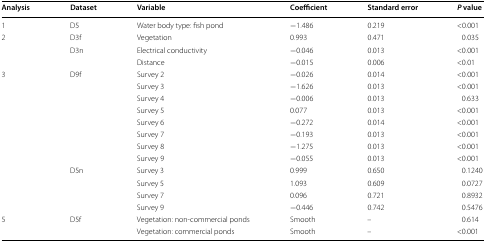
<table><thead><tr><td><b>Analysis</b></td><td><b>Dataset</b></td><td><b>Variable</b></td><td><b>Coefficient</b></td><td><b>Standard error</b></td><td><b><i>P</i> value</b></td></tr></thead><tbody><tr><td>1</td><td>D5</td><td>Water body type: fish pond</td><td>−1.486</td><td>0.219</td><td>&lt;0.001</td></tr><tr><td rowspan="3">2</td><td>D3f</td><td>Vegetation</td><td>0.993</td><td>0.471</td><td>0.035</td></tr><tr><td>D3n</td><td>Electrical conductivity</td><td>−0.046</td><td>0.013</td><td>&lt;0.001</td></tr><tr><td></td><td>Distance</td><td>−0.015</td><td>0.006</td><td>&lt;0.01</td></tr><tr><td rowspan="8">3</td><td>D9f</td><td>Survey 2</td><td>−0.026</td><td>0.014</td><td>&lt;0.001</td></tr><tr><td></td><td>Survey 3</td><td>−1.626</td><td>0.013</td><td>&lt;0.001</td></tr><tr><td></td><td>Survey 4</td><td>−0.006</td><td>0.013</td><td>0.633</td></tr><tr><td></td><td>Survey 5</td><td>0.077</td><td>0.013</td><td>&lt;0.001</td></tr><tr><td></td><td>Survey 6</td><td>−0.272</td><td>0.014</td><td>&lt;0.001</td></tr><tr><td></td><td>Survey 7</td><td>−0.193</td><td>0.013</td><td>&lt;0.001</td></tr><tr><td></td><td>Survey 8</td><td>−1.275</td><td>0.013</td><td>&lt;0.001</td></tr><tr><td></td><td>Survey 9</td><td>−0.055</td><td>0.013</td><td>&lt;0.001</td></tr><tr><td></td><td>D5n</td><td>Survey 3</td><td>0.999</td><td>0.650</td><td>0.1240</td></tr><tr><td></td><td></td><td>Survey 5</td><td>1.093</td><td>0.609</td><td>0.0727</td></tr><tr><td></td><td></td><td>Survey 7</td><td>0.096</td><td>0.721</td><td>0.8932</td></tr><tr><td></td><td></td><td>Survey 9</td><td>−0.446</td><td>0.742</td><td>0.5476</td></tr><tr><td rowspan="2">5</td><td>D5f</td><td>Vegetation: non-commercial ponds</td><td>Smooth</td><td>–</td><td>0.614</td></tr><tr><td></td><td>Vegetation: commercial ponds</td><td>Smooth</td><td>–</td><td>&lt;0.001</td></tr></tbody></table>